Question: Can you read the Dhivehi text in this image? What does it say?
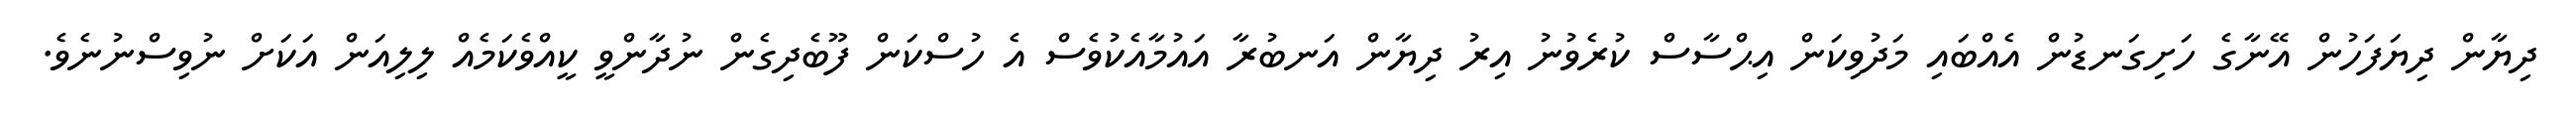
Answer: ދިޔާން ދިޔަފަހުން އޭނާގެ ހަށިގަނޑުން އެއްބައި މަދުވިކަން އިޙްސާސް ކުރެވުނު އިރު ދިޔާން އަނބުރާ އައުމާއެކުވެސް އެ ހުސްކަން ފޫބެދިގެން ނުދާންވީ ކީއްވެކަމެއް ލިލިއަން އަކަށް ނުވިސްނުނެވެ.